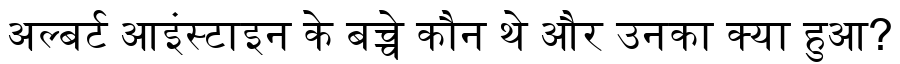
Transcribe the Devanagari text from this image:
अल्बर्ट आइंस्टाइन के बच्चे कौन थे और उनका क्या हुआ?